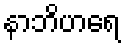
နာဘိဟရေ